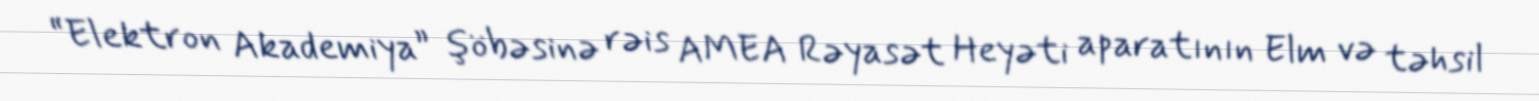
“Elektron Akademiya” şöbəsinə rəis AMEA Rəyasət Heyəti aparatının Elm və təhsil